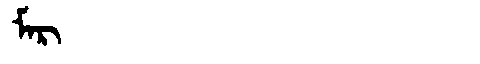
Manchu: ᠮᠠᡵ
Romanization: MAR